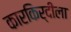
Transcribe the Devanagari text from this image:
कारकिर्दीला